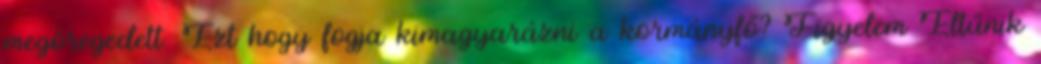
megöregedett. Ezt hogy fogja kimagyarázni a kormányfő? Figyelem Eltűnik